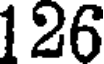
126